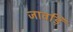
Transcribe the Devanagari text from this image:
जावड़ि